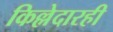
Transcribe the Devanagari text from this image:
किल्लेदारही